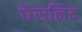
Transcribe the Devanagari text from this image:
घैसनिद